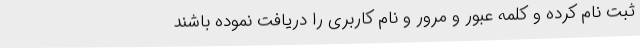
ثبت نام کرده و کلمه عبور و مرور و نام کاربری را دریافت نموده باشند